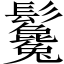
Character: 𩰃